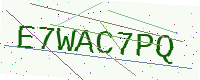
Text: E7WAC7PQ